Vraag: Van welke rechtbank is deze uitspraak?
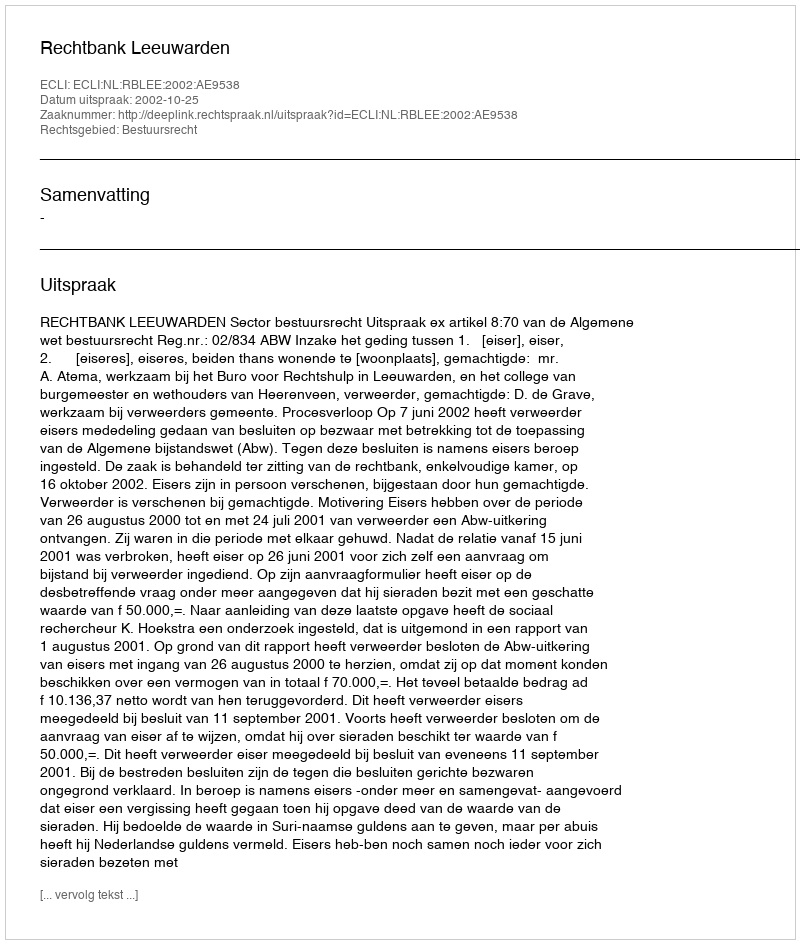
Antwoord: Rechtbank Leeuwarden